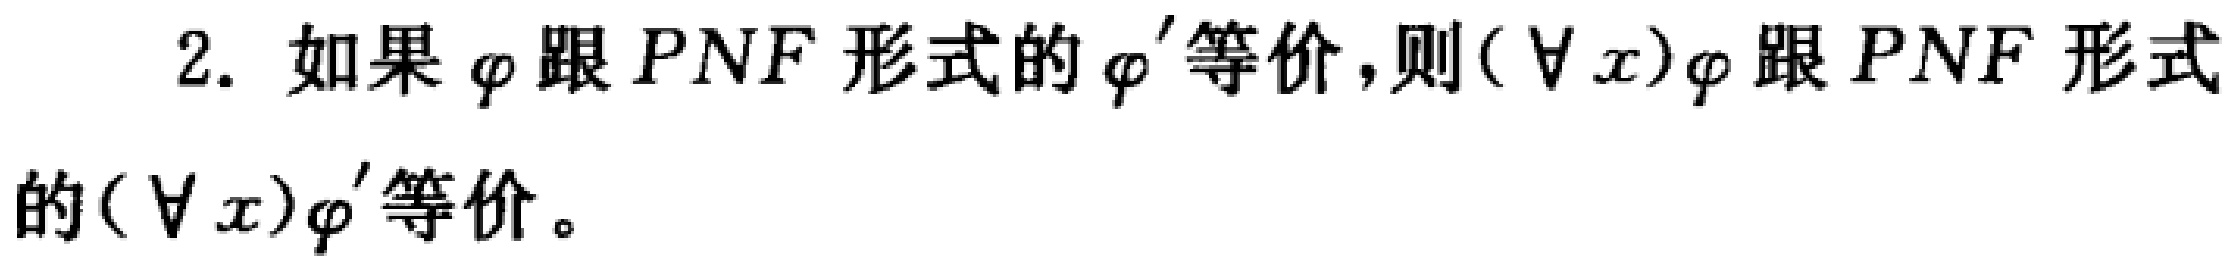
2. 如果 $\varphi$ 跟 $PNF$ 形式的 $\varphi'$ 等价，则$(\forall x)\varphi$ 跟 $PNF$ 形式的$(\forall x)\varphi'$ 等价。